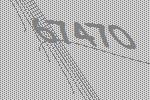
67470